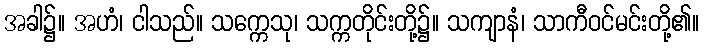
အခါ၌။ အဟံ၊ ငါသည်။ သက္ကေသု၊ သက္ကတိုင်းတို့၌။ သကျာနံ၊ သာကီဝင်မင်းတို့၏။